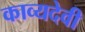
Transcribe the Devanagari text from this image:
काव्यदेवी